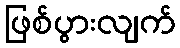
ဖြစ်ပွားလျက်